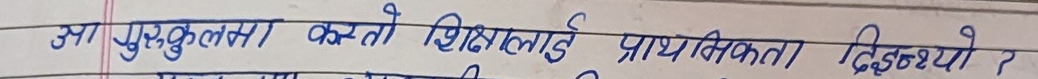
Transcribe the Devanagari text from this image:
उक्त पुस्तकालयले कस्तो शिक्षालाई प्राथमिकता दिइयो ?